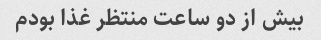
بیش از دو ساعت منتظر غذا بودم